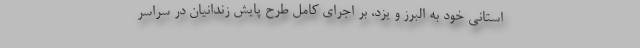
استانی خود به البرز و یزد، بر اجرای کامل طرح پایش زندانیان در سراسر